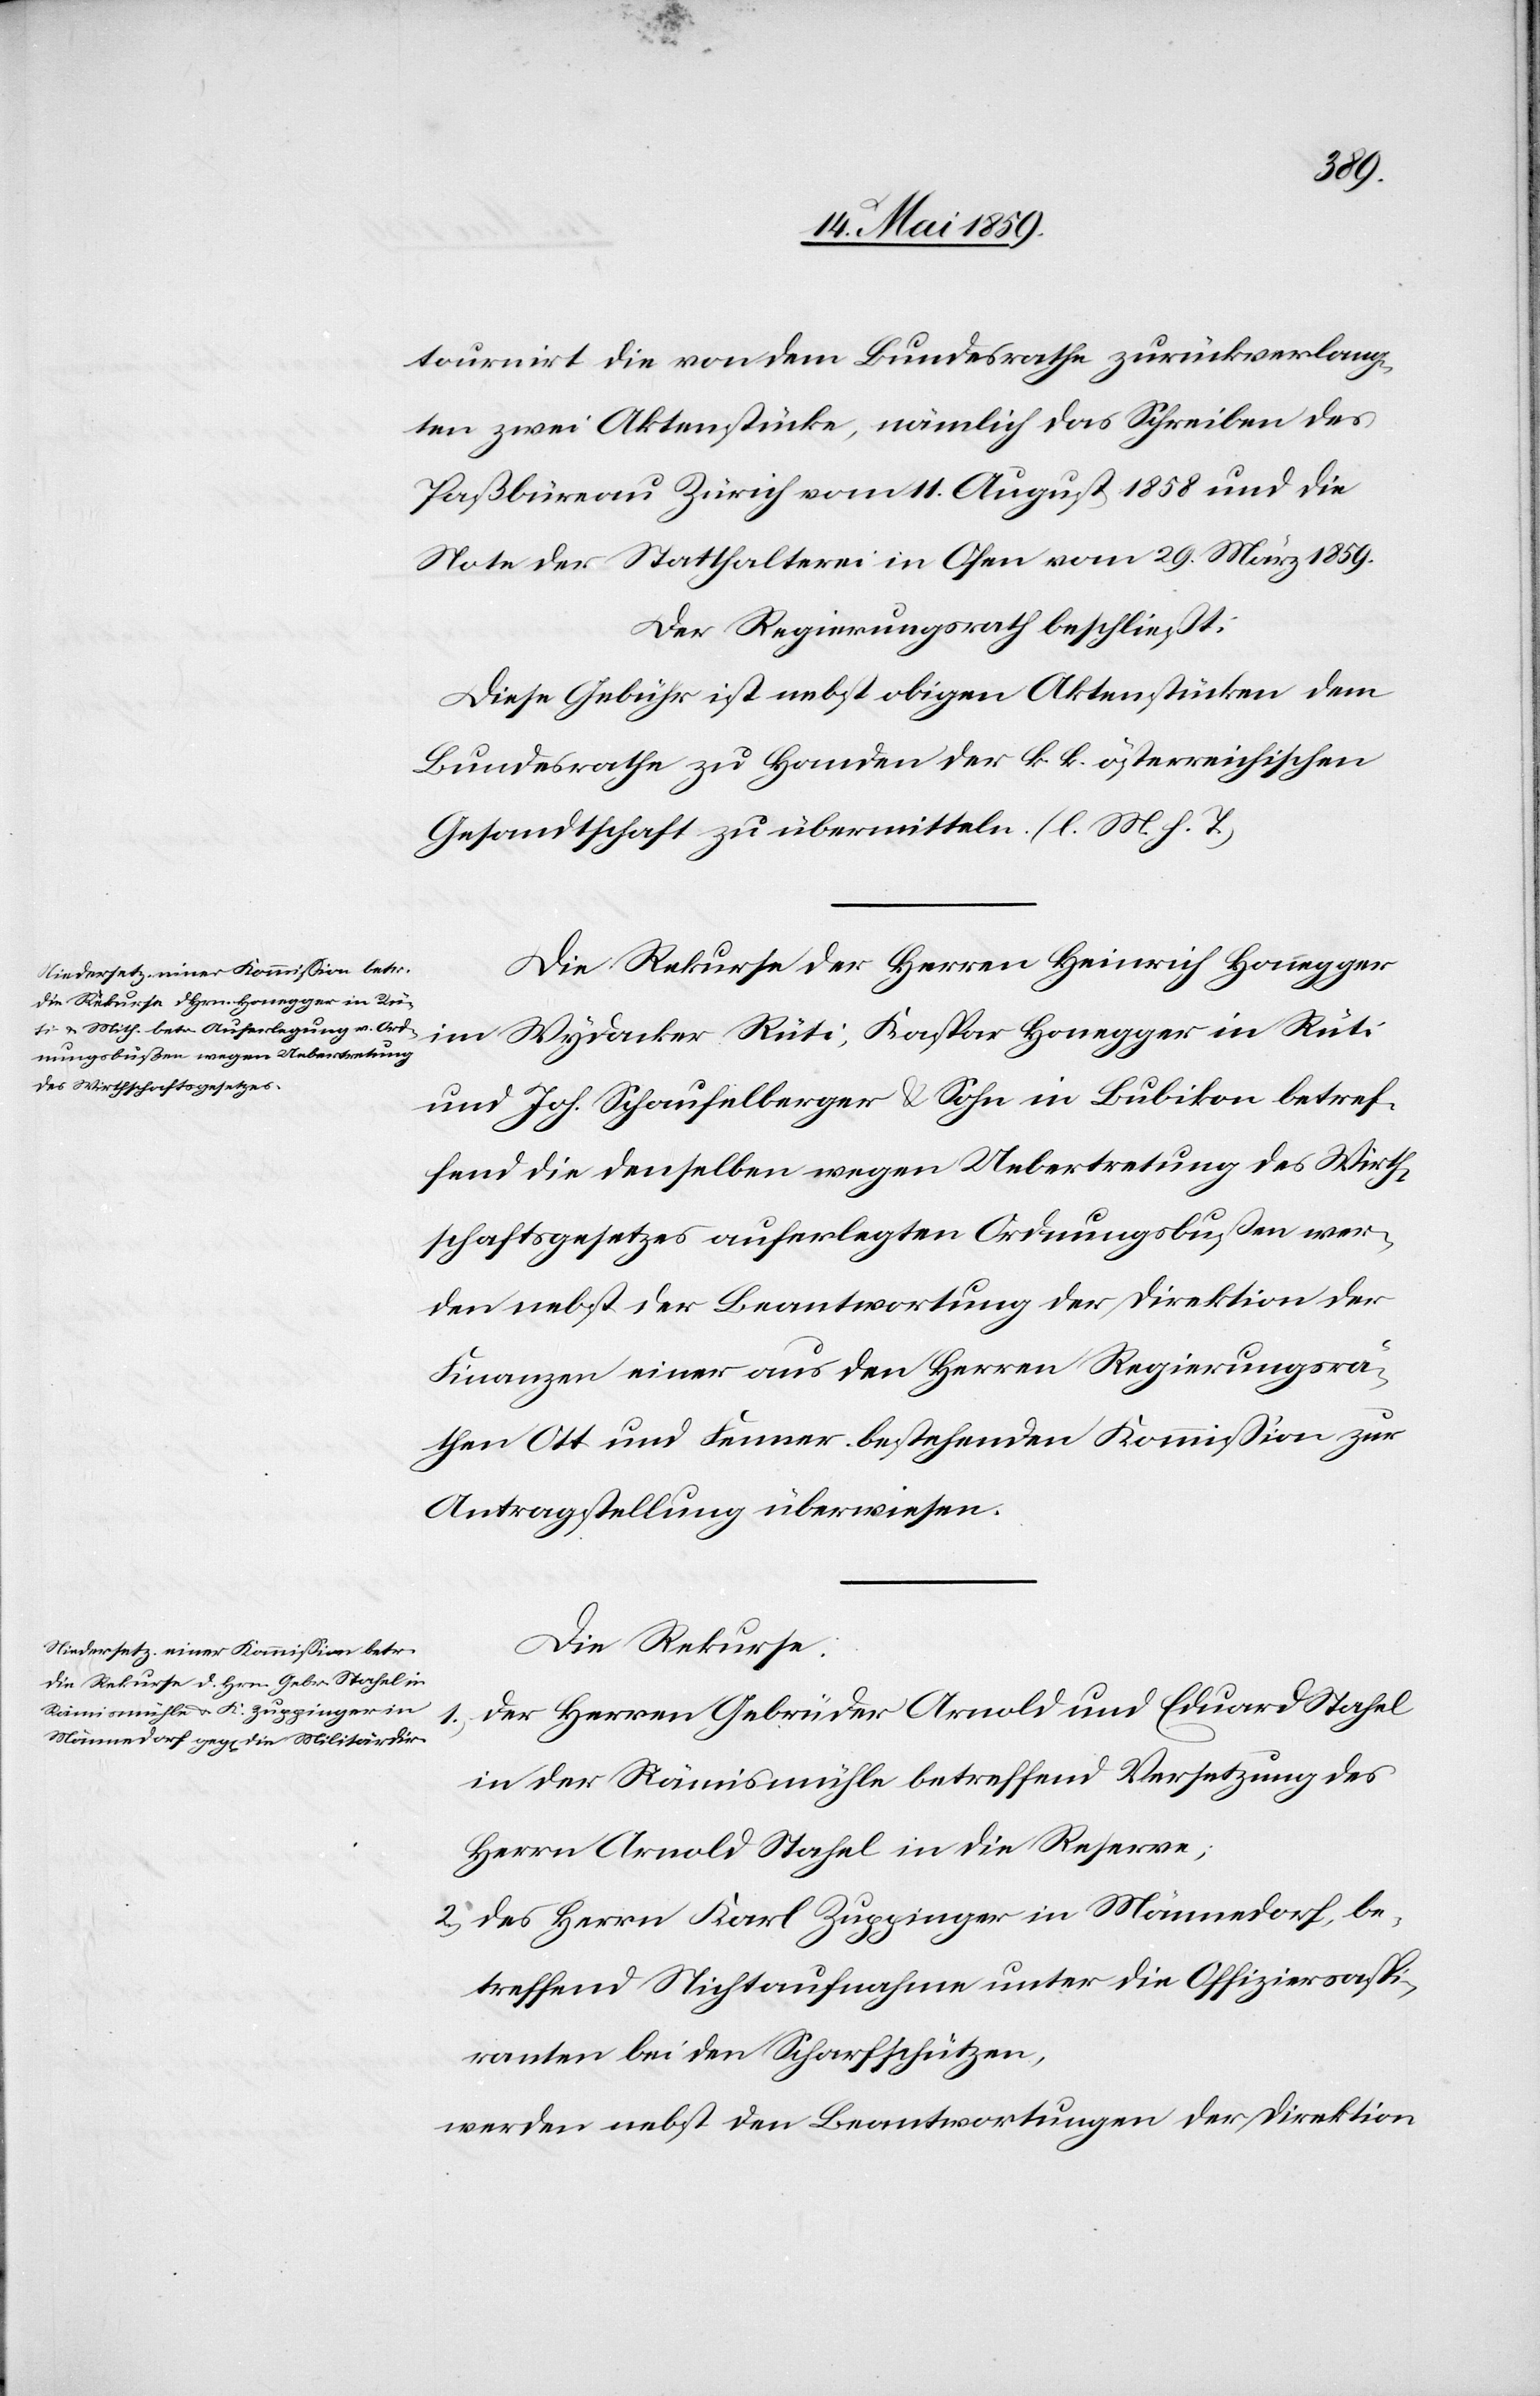
tournirt die von dem Bundesrathe zurückverlang¬
ten zwei Aktenstücke, nämlich das Schreiben des
Paßbüreau Zürich vom 11. August 1858 und die
Note der Statthalterei in Ofen vom 29. März 1859.
Der Regierungsrath beschließt:
Diese Gebühr ist nebst obigen Aktenstücken dem
Bundesrathe zu Handen der k. k. österreichischen
Gesandtschaft zu übermitteln. (l. M. h. T.)
Die Rekurse der Herren Heinrich Honegger
im Wydacker Rüti, Kaspar Honegger in Rüti
und Joh. Schaufelberger & Sohn in Bubikon betref¬
fend die denselben wegen Uebertretung des Wirth¬
schaftsgesetzes auferlegten Ordnungsbußen wer¬
den nebst der Beantwortung der Direktion der
Finanzen einer aus den Herren Regierungsrä¬
then Ott und Ferrer bestehenden Kommißion zur
Antragstellung überwiesen.
Die Rekurse:
1) der Herren Gebrüder Arnold und Eduard Stahel
in der Rämismühle betreffend Versetzung des
Herrn Arnold Stahel in die Reserve;
2) des Herrn Karl Zuppinger in Männedorf, be¬
treffend Nichtaufnahme unter die Offiziersaspi¬
ranten bei den Scharfschützen;
werden nebst den Beantwortungen der Direktion